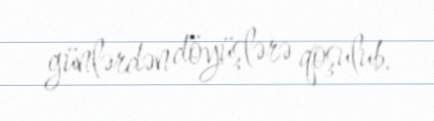
günlərdən döyüşlərə qoşulub.